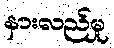
နားလည်မှု